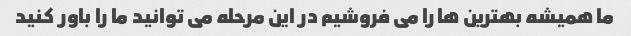
ما همیشه بهترین ها را می فروشیم در این مرحله می توانید ما را باور کنید